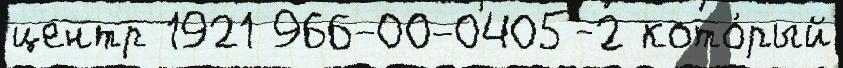
центр 1921 966-00-0405-2 кото́рый